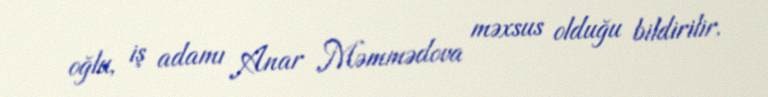
oğlu, iş adamı Anar Məmmədova məxsus olduğu bildirilir.